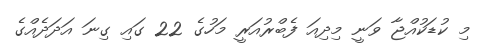
މި ކުޑަކުއްޖާ ވަނީ މިދިއަ ފެބްރުއަރީ މަހުގެ 22 ގައި ގިނަ އަދަދެއްގެ